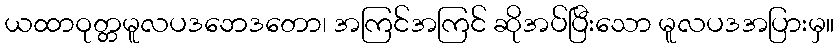
ယထာဝုတ္တမူလပဒဘေဒတော၊ အကြင်အကြင် ဆိုအပ်ပြီးသော မူလပဒအပြားမှ။